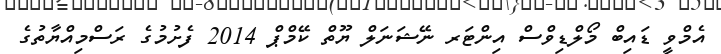
އެމްވީ ޑައިބް މޯލްޑިވްސް އިންޓަރ ނޭޝަނަލް ޔޫތް ކޭމްޕް 2014 ފެށުމުގެ ރަސްމިއްޔާތުގެ